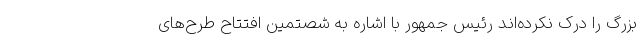
بزرگ را درک نکرده‌اند رئیس جمهور با اشاره به شصتمین افتتاح طرح‌های